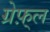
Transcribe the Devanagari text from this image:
ग्रेफ़्ल